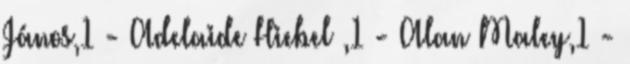
János,1 - Adelaide Hiebel ,1 - Alan Maley,1 -